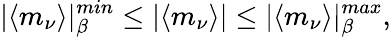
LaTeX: |\langle m_{\nu}\rangle|_{\beta}^{min}\leq|\langle m_{\nu}\rangle|\leq|\langle m_{\nu}\rangle|_{\beta}^{max},